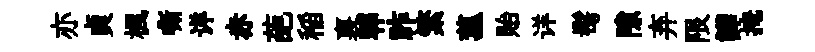
亦貞楓嘶详赤葩稲裏郫祚繁菰貽详髩隙弃限譁掩